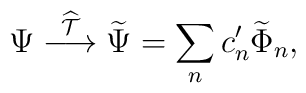
\Psi \stackrel{\widehat{\cal T}}{\longrightarrow} \widetilde \Psi =\sum_n c'_n \widetilde \Phi_n,